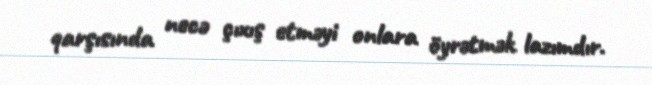
qarşısında necə çıxış etməyi onlara öyrətmək lazımdır.